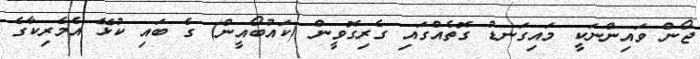
ޖޯން ވައިންނަކީ މައިގަނޑު ގޮތެއްގައި ގެރިގޮވީން (ކައުބޯއީން) ގެ ބައި ކުޅޭ އެމެރިކާގެ